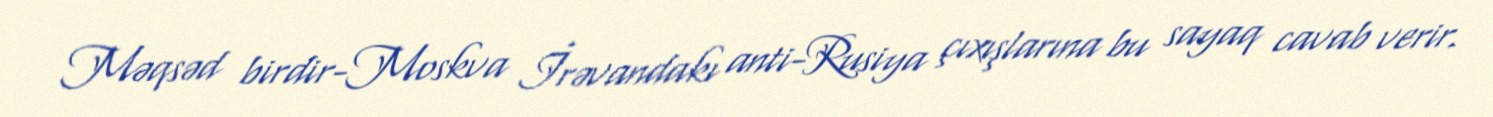
Məqsəd birdir-Moskva İrəvandakı anti-Rusiya çıxışlarına bu sayaq cavab verir.